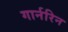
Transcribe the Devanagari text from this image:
गार्नरिन